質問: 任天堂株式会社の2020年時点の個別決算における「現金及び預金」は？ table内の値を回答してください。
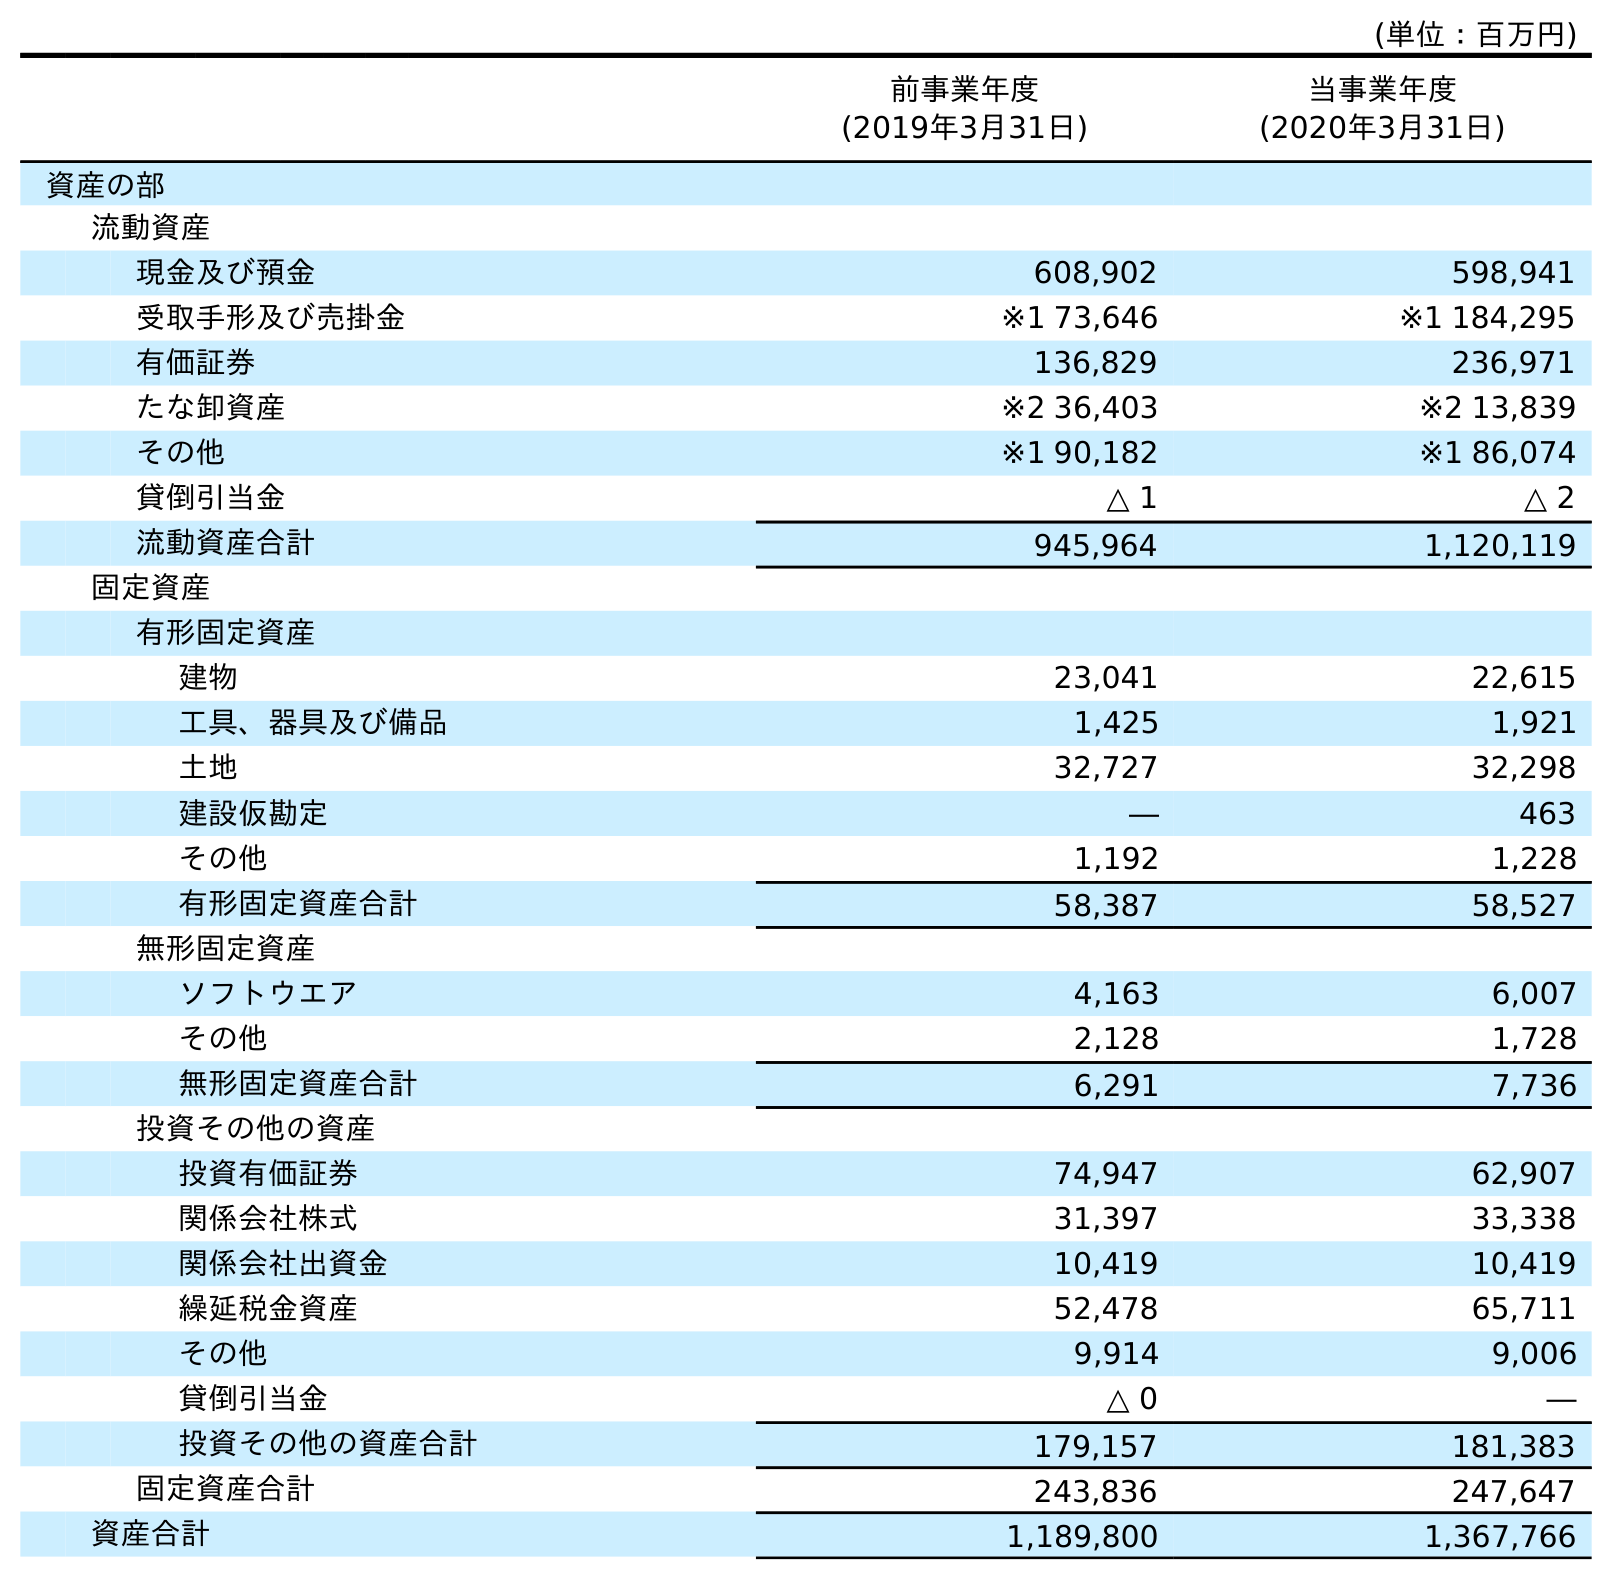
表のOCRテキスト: (単位：百万円) 前事業年度 (2019年3月31日) 当事業年度 (2020年3月31日) 資産の部 流動資産 現金及び預金 608,902 598,941 受取手形及び売掛金 ※1 73,646 ※1 184,295 有価証券 136,829 236,971 たな卸資産 ※2 36,403 ※2 13,839 その他 ※1 90,182 ※1 86,074 貸倒引当金 △ 1 △ 2 流動資産合計 945,964 1,120,119 固定資産 有形固定資産 建物 23,041 22,615 工具、器具及び備品 1,425 1,921 土地 32,727 32,298 建設仮勘定 ― 463 その他 1,192 1,228 有形固定資産合計 58,387 58,527 無形固定資産 ソフトウエア 4,163 6,007 その他 2,128 1,728 無形固定資産合計 6,291 7,736 投資その他の資産 投資有価証券 74,947 62,907 関係会社株式 31,397 33,338 関係会社出資金 10,419 10,419 繰延税金資産 52,478 65,711 その他 9,914 9,006 貸倒引当金 △ 0 ― 投資その他の資産合計 179,157 181,383 固定資産合計 243,836 247,647 資産合計 1,189,800 1,367,766
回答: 598,941